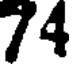
74